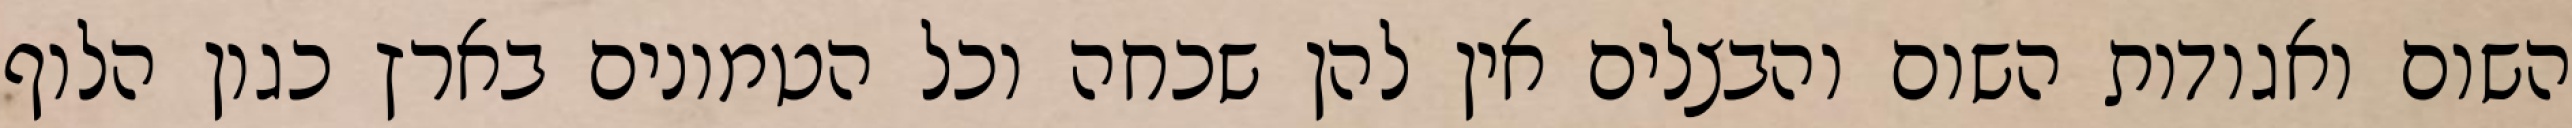
השום ואגודות השום והבצלים אין להן שכחה וכל הטמונים בארץ כגון הלוף